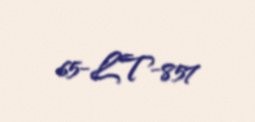
65-LT-857